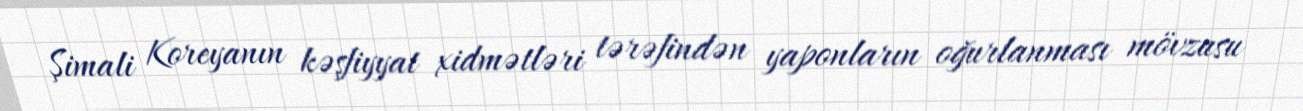
Şimali Koreyanın kəşfiyyat xidmətləri tərəfindən yaponların oğurlanması mövzusu